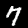
Digit: 7